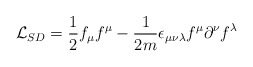
\begin{align*}{\cal L}_{SD} = \frac{1}{2}f_{\mu}f^{\mu} - \frac{1}{2m} \epsilon_{\mu \nu \lambda}f^{\mu}\partial^{\nu}f^{\lambda}\end{align*}